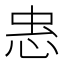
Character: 𭜫